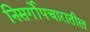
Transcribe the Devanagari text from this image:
निसर्गोपचारातील